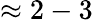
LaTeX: \approx 2-3